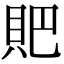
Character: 𧵅